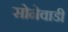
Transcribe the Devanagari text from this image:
सोनेवाडी